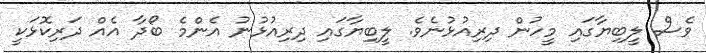
ވެސް ލީބިޔާގައި މީހުން ދިރިއުޅުނެވެ. ލީބިޔާގައި ދިރިއުޅުނު އެންމެ ބޯދާ އެއް ދަރިކޮޅަކީ